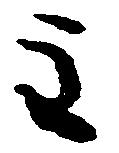
主